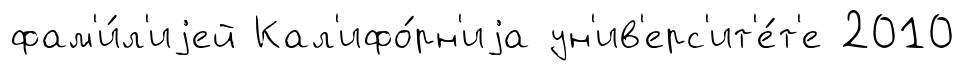
фам'и́л'иjей Кал'ифо́рн'иjа ун'ив'ерс'ит'е́т'е 2010